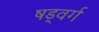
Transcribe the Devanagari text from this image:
षड्वर्ग